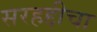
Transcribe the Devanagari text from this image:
सरहद्दीचा